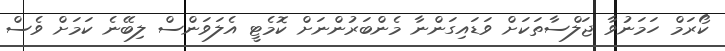
ކޯރަމް ހަމަނުވާ ޖަލްސާތަކަށް ވަޑައިގަންނާ މެންބަރުންނަށް ކޮމެޓީ އެލަވަންސް ލިބޭނެ ކަމަށް ވެސް